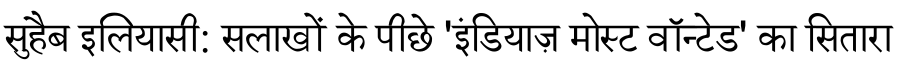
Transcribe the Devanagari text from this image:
सुहैब इलियासी: सलाखों के पीछे 'इंडियाज़ मोस्ट वॉन्टेड' का सितारा